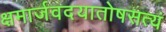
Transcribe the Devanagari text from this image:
क्षमार्जवदयातोषसत्यं